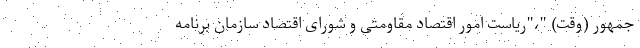
جمهور (وقت) "،"ریاست امور اقتصاد مقاومتی و شورای اقتصاد سازمان برنامه